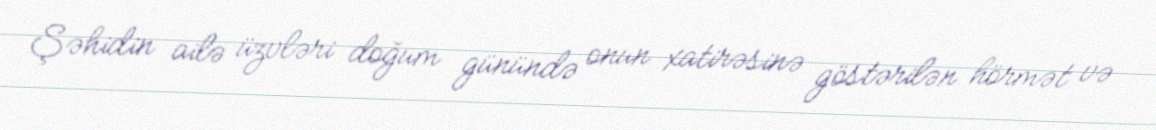
Şəhidin ailə üzvləri doğum günündə onun xatirəsinə göstərilən hörmət və